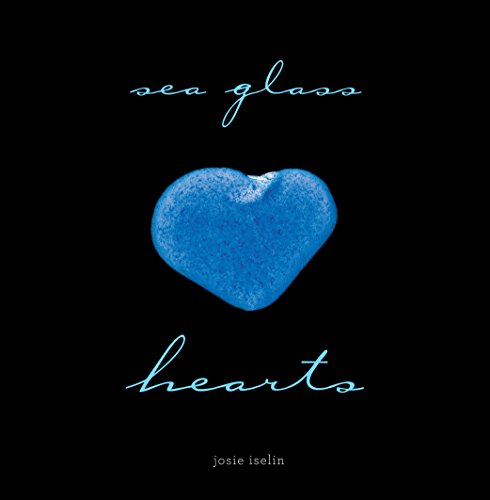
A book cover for Sea Glass Hearts; Josie Iselin; Crafts, Hobbies & Home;